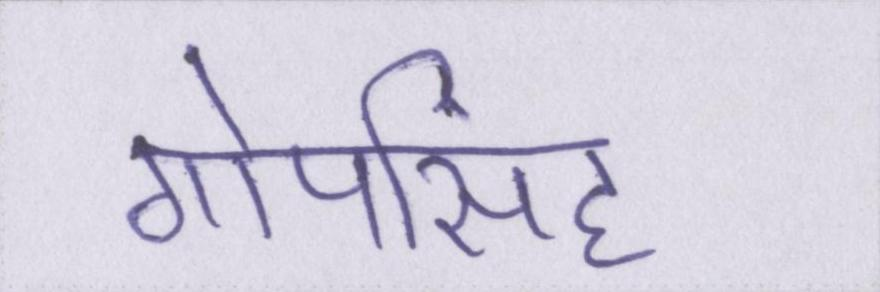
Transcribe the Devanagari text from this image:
गोपसिंह